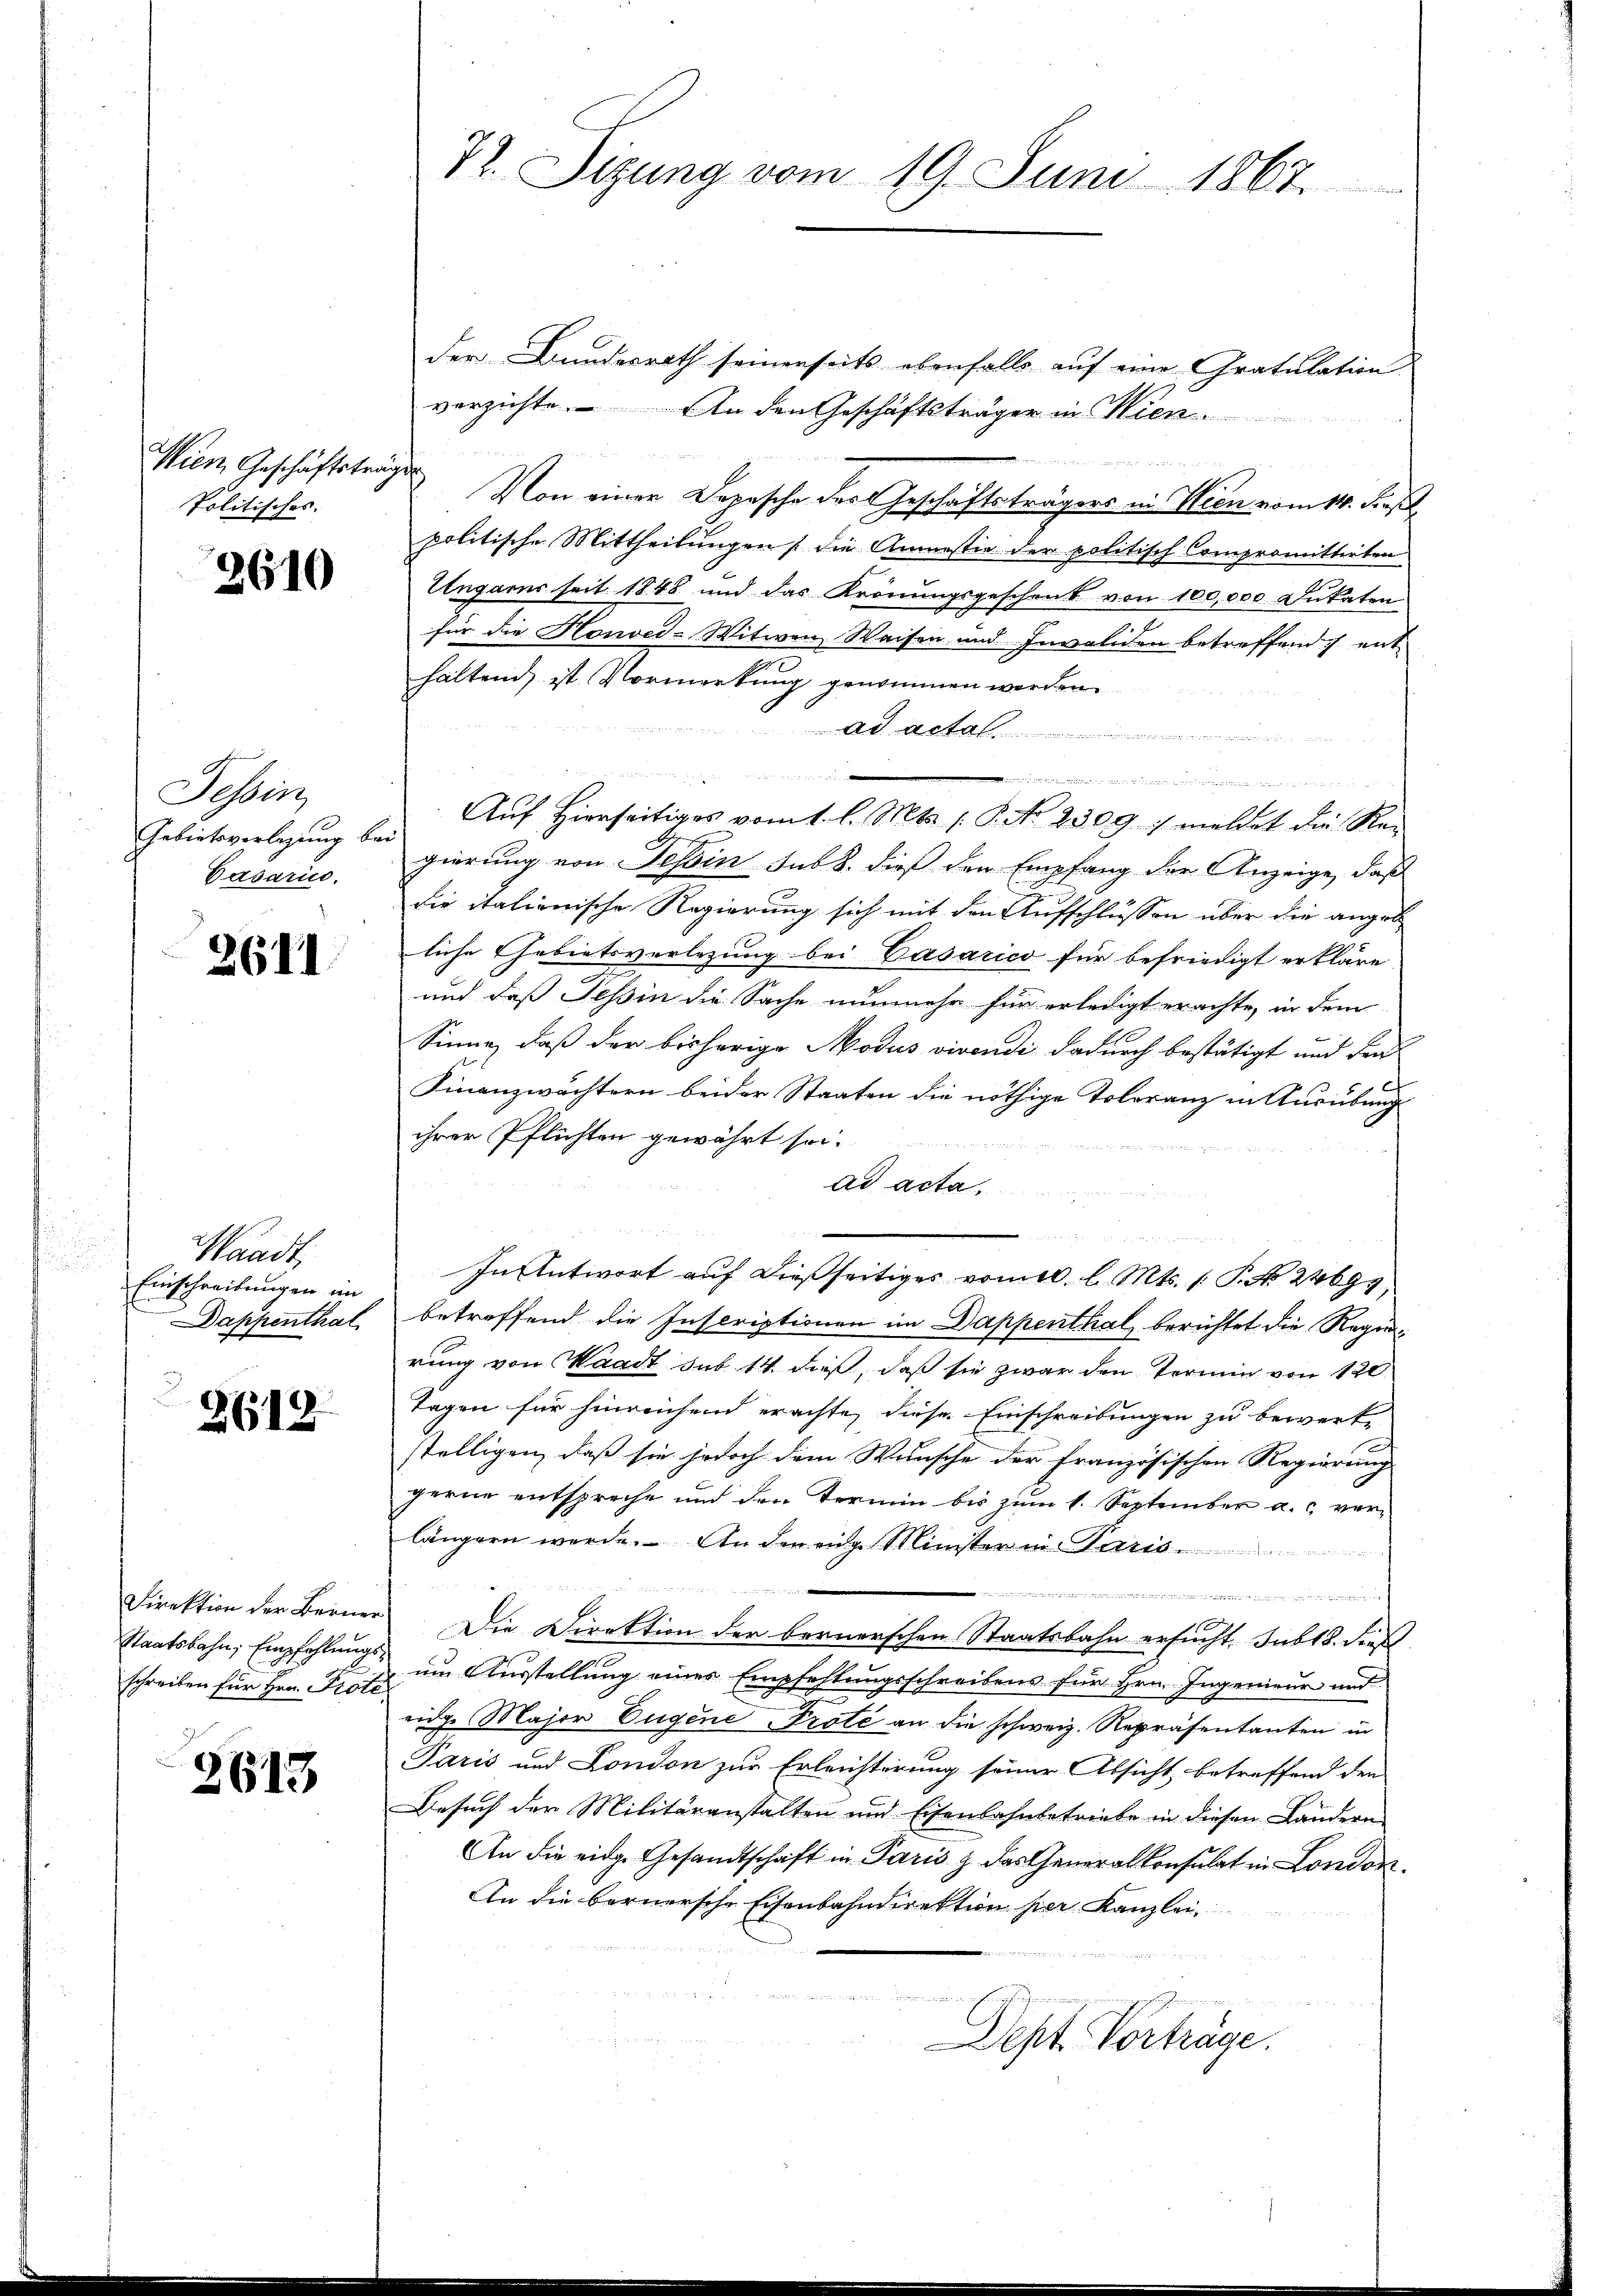
Wien Geschäftsträger
Politisches. |

2610

Tessin,
Gebietsverlegung bei
Casarico.

2611

Waadt,
Einschreibungen im
Dappenthal

2618.

Direktion der Berne
Staatsbahn, Empfehlung
schreiben für Hrn. Prot

2613

der Bundesrath seinerseits ebenfalls auf eine Gratulation
verzichte. An den Geschäftsträger in Hien
Von einer Depesche der Geschäftsträgers in Wien vom 14. dies
politische Mittheilungen, die Amnestie der politisch Compromittirten
Ungarns seit 1848 und das Krönungsgeschenk von 100,000 Dukaten
für die Honved-Witwen Weisen und Invaliden betreffend ent-
haltend, ist. Vormerkung genommen werden
Ad Actal.  ....................................................................
 ig dahin eine kommer eine
Aŭf Hierseitiges vom 1. l. Mts. 1. P. Nr. 2309. / meldet die Rei
gierung von Tessin sub b. dieß den Empfang der Anzeige, daß
die italienische Regierung sich mit den Aufschlüssen über die angelliche Gebietsverlegung bei Casarico für befriedigt erkläre
und daß Tessin die Sache nunmehr für erledigt erachte, in dem
Sinne, daß der bisherige Modus vivendi dadurch bestätigt und den
Finanzwächtern beider Staaten die nöthige Toleranz in Ausübung
ihrer Pflichten gewährt sei.
ad acta.
In Antwort auf dießseitiges vom 10. l. Mts. 1 P. Nr. 24699,
betreffend die Inscriptionen im Dappenthal berichtet die Regierung von Waadt sub 14. dieß, daß sie zwar den Termin von 120
Tagen für hinreichend erachte, diese Einschreibungen zu bewerk-
stelligen, daß sie jedoch dem Wunsche der französischen Regierung
gerne entspreche und den Termin bis zum 1. September a. c. verlängern werde. An den eige Minister in Paris
eamen wegenwagene an die
Die Direktion der bernerschen Staatsbahn ersucht. sub 18. dieß
 um Ausstellung eines Empfehlungsschreibens für Hrn. Ingenieur und
h
eidge Major Eugene Prote an die schweiz. Repräsentanten in
Paris und London zur Erleichterung seiner Absicht betreffend den
Besuch der Militäranstalten und Eisenbahnbetriebe in diesen Ländern
An die eidg. Gesandtschaft in Paris & das Generalkonsulat in London.
An die bernersche Eisenbahndirektion her Kanzlei
d
Dept Vorträge.

72. Sizung vom 19. Juni 1863.